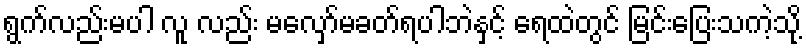
ရွက်လည်းမပါ လူ လည်း မလှော်မခတ်ရပါဘဲနှင့် ရေထဲတွင် မြင်းပြေးသကဲ့သို့